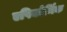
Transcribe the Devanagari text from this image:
एपिकोर्मिक